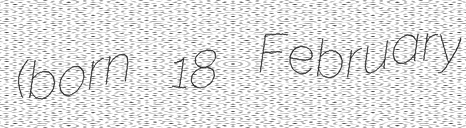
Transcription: (born 18 February